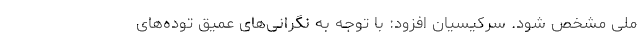
ملی مشخص شود. سرکیسیان افزود: با توجه به نگرانی‌های عمیق توده‌های